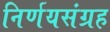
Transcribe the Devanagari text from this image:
निर्णयसंग्रह